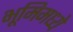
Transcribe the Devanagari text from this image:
भूमिमध्ये